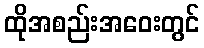
ထိုအစည်းအဝေးတွင်